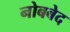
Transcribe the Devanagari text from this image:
नोबबेद